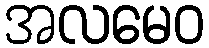
အလမေဝ